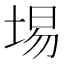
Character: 埸